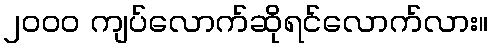
၂၀၀၀ ကျပ်လောက်ဆိုရင်လောက်လား။